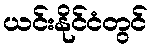
ယင်းနိုင်ငံတွင်